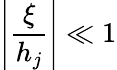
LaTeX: \left|\frac{\xi}{h_{j}}\right|\ll 1